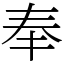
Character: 奉